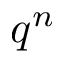
q ^ { n }